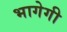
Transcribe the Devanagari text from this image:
भागेगी